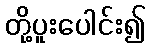
တို့ပူးပေါင်း၍